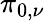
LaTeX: \pi_{0,\nu}